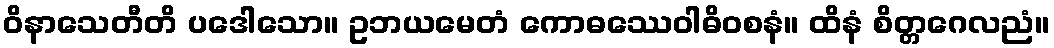
ဝိနာသေတီတိ ပဒေါသော။ ဥဘယမေတံ ကောဓဿေဝါဓိဝစနံ။ ထိနံ စိတ္တဂေလညံ။